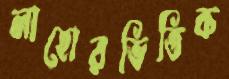
লাহোরভিত্তিক